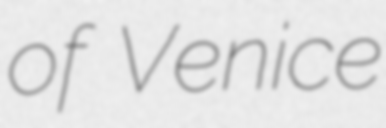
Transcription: of Venice